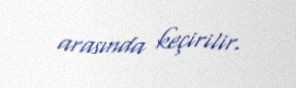
arasında keçirilir.